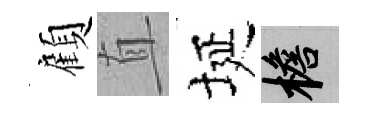
顧直埏檐